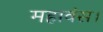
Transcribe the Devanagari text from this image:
महावंस।